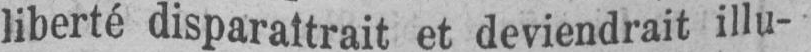
liberté disparaîtrait et deviendrait illu-